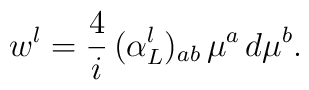
w^l = \frac{4}{i} \, (\alpha_L^l)_{ab} \, \mu^a \, d \mu^b.